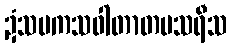
ဍံသမကသဝါတာတပသရီသ